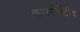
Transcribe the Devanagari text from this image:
कणसेर्वेटीव